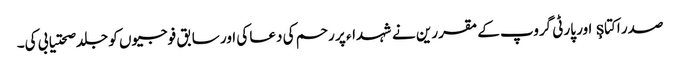
صدر اکتاş اور پارٹی گروپ کے مقررین نے شہداء پر رحم کی دعا کی اور سابق فوجیوں کو جلد صحتیابی کی۔